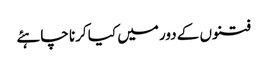
فتنوں کے دور میں کیا کرنا چاہئے